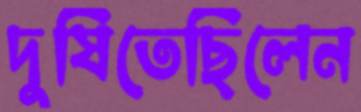
দুষিতেছিলেন